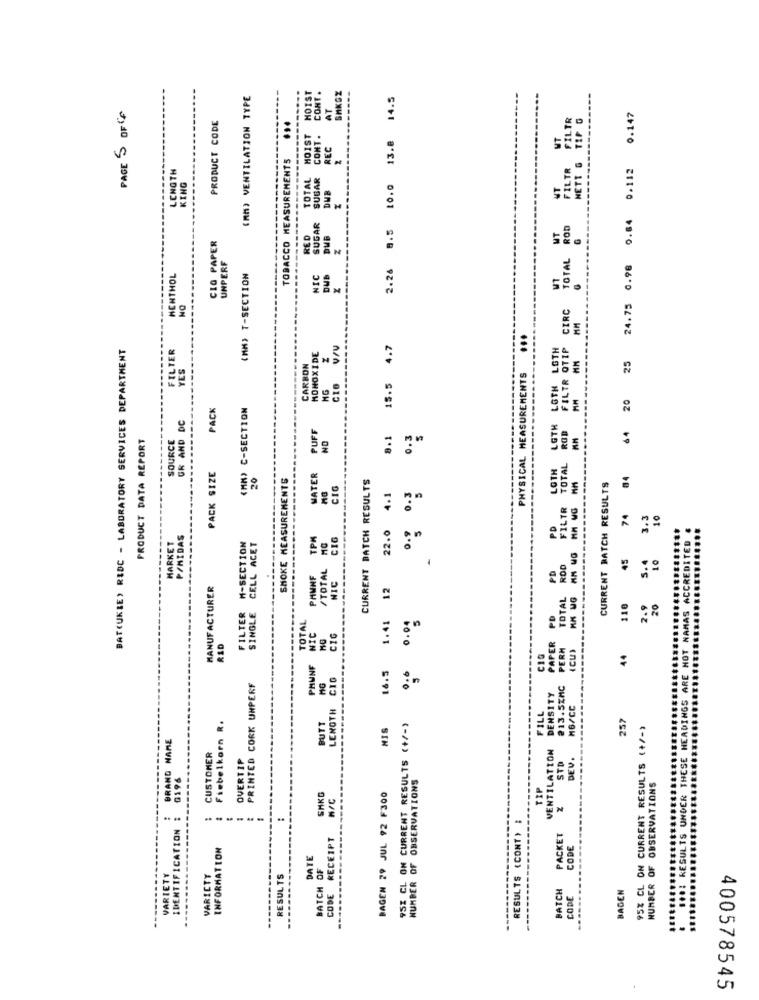
(MM) VENTILATION TYPE
HOIST
CONT .
SMKGZ
----
13.8 14.5
PAGE 5 OF 6
AT
PRODUCT CODE
FILTR
NETT & TIP G
24.75 0.98 0.64 0.112 0.147
...
HOIST
CONT.
MT
REC
TOBACCO MEASUREMENTS
LENGTH
FILTR
KING
TOTAL
SUBAR
----
DUB
NT
--------
SUGAR
2.26 8.5
TOTAL ROD
CLO PAPER
RED
DUB
UNPERF
MENTHOL
(MM) T-SECTION
IC
DUB
NO
CIRC
...
BAT(UKBE) RIDC - LABORATORY SERVICES DEPARTMENT
FILTER
15.5 4.7
LGTH
FILTR OTIP
MONOXIDE
25
YES
CARBON
PHYSICAL MEASUREMENTS
HG
---
LOTH
AM
20
PACK
(MM) C-SECTION
GR AND DC
LGTH
ROD
PUFF
64
PRODUCT DATA REPORT
SOURCE
NO
8.1
0.3
TOTAL
---
LOTH
PACK SIZE
20
SMOKE MEASUREMENTS
MATER
CURRENT BATCH RESULTS
84
CIG
0. 0.3
CURRENT BATCH RESULTS
4.1
FILTR
HM WG
PD
74
3.3
10
22.0
MARKET
P/MIDAS
M-SECTION
CELL ACET
TPM
CIG
CCREDITE
-
45
5.4
/TOTAL
PD
TOTAL ROD
PAMNF
NIC
MANUFACTURER
12
FILTER
110
HAS
SINGLE
1.41
0.04
PD
TOTAL
NIC
CIG
RED
PAPER
PERM
CIO
44
PMUNF
16.5
0.6
CIG
PRINTED CORK UNPERF
HG
213.5ZAC
DENSITY
LENGTH
M6/CC
FILL
257
Fiebelkorn R.
BUTT
HIS
95I CL ON CURRENT RESULTS (+/-)
95% CL ON CURRENT RESULTS (+/-)
BRAND NAME
VENTILATION
CUSTOMER
OVERTIP
DEV.
STD
10 RESULTS UNDER THES
0196
OBSERVATIONS
TIP
NUMBER OF OBSERVATIONS
SHKO
BAGEN 29 JUL 92 F300
RESULTS (CONT) :
IDENTIFICATION
......
..
CODE RECEIPT
PACKET
INFORMATION
CODE
DATE
NUMBER Q
VARIETY
VARICTY
RESULTS
BATCH O
BATCH
BADEN
CODE
.......
400578545